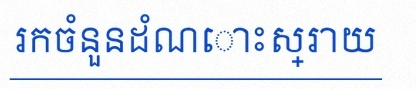
រកចំនួនដំណោះស្រាយ